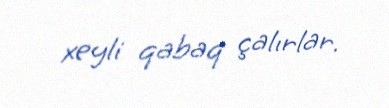
xeyli qabaq çalırlar.